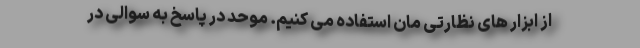
از ابزار های نظارتی مان استفاده می کنیم. موحد در پاسخ به سوالی در